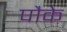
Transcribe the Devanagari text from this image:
पौके